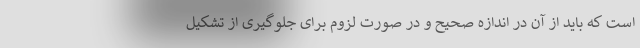
است که باید از آن در اندازه صحیح و در صورت لزوم برای جلوگیری از تشکیل